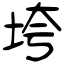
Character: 垮